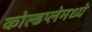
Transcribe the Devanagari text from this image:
कोल्डप्लेमध्ये